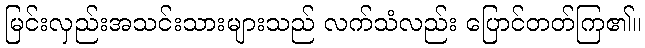
မြင်းလှည်းအသင်းသားများသည် လက်သံလည်း ပြောင်တတ်ကြ၏။